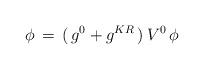
LaTeX: \begin{align*}\phi\,=\,(\,g^0+g^{KR}\,)\,V^0\,\phi\end{align*}